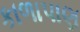
કાળાપાણ